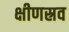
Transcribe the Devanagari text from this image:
क्षीणस्रव